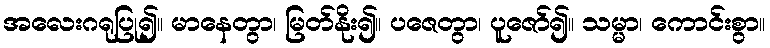
အလေးဂရုပြု၍။ မာနေတွာ၊ မြတ်နိုး၍။ ပဇေတွာ၊ ပူဇော်၍။ သမ္မာ၊ ကောင်းစွာ။